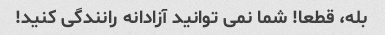
بله، قطعا! شما نمی توانید آزادانه رانندگی کنید!